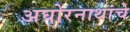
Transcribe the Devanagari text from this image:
अघोरनाथांचे